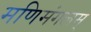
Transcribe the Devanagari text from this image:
मणिमंगलम्